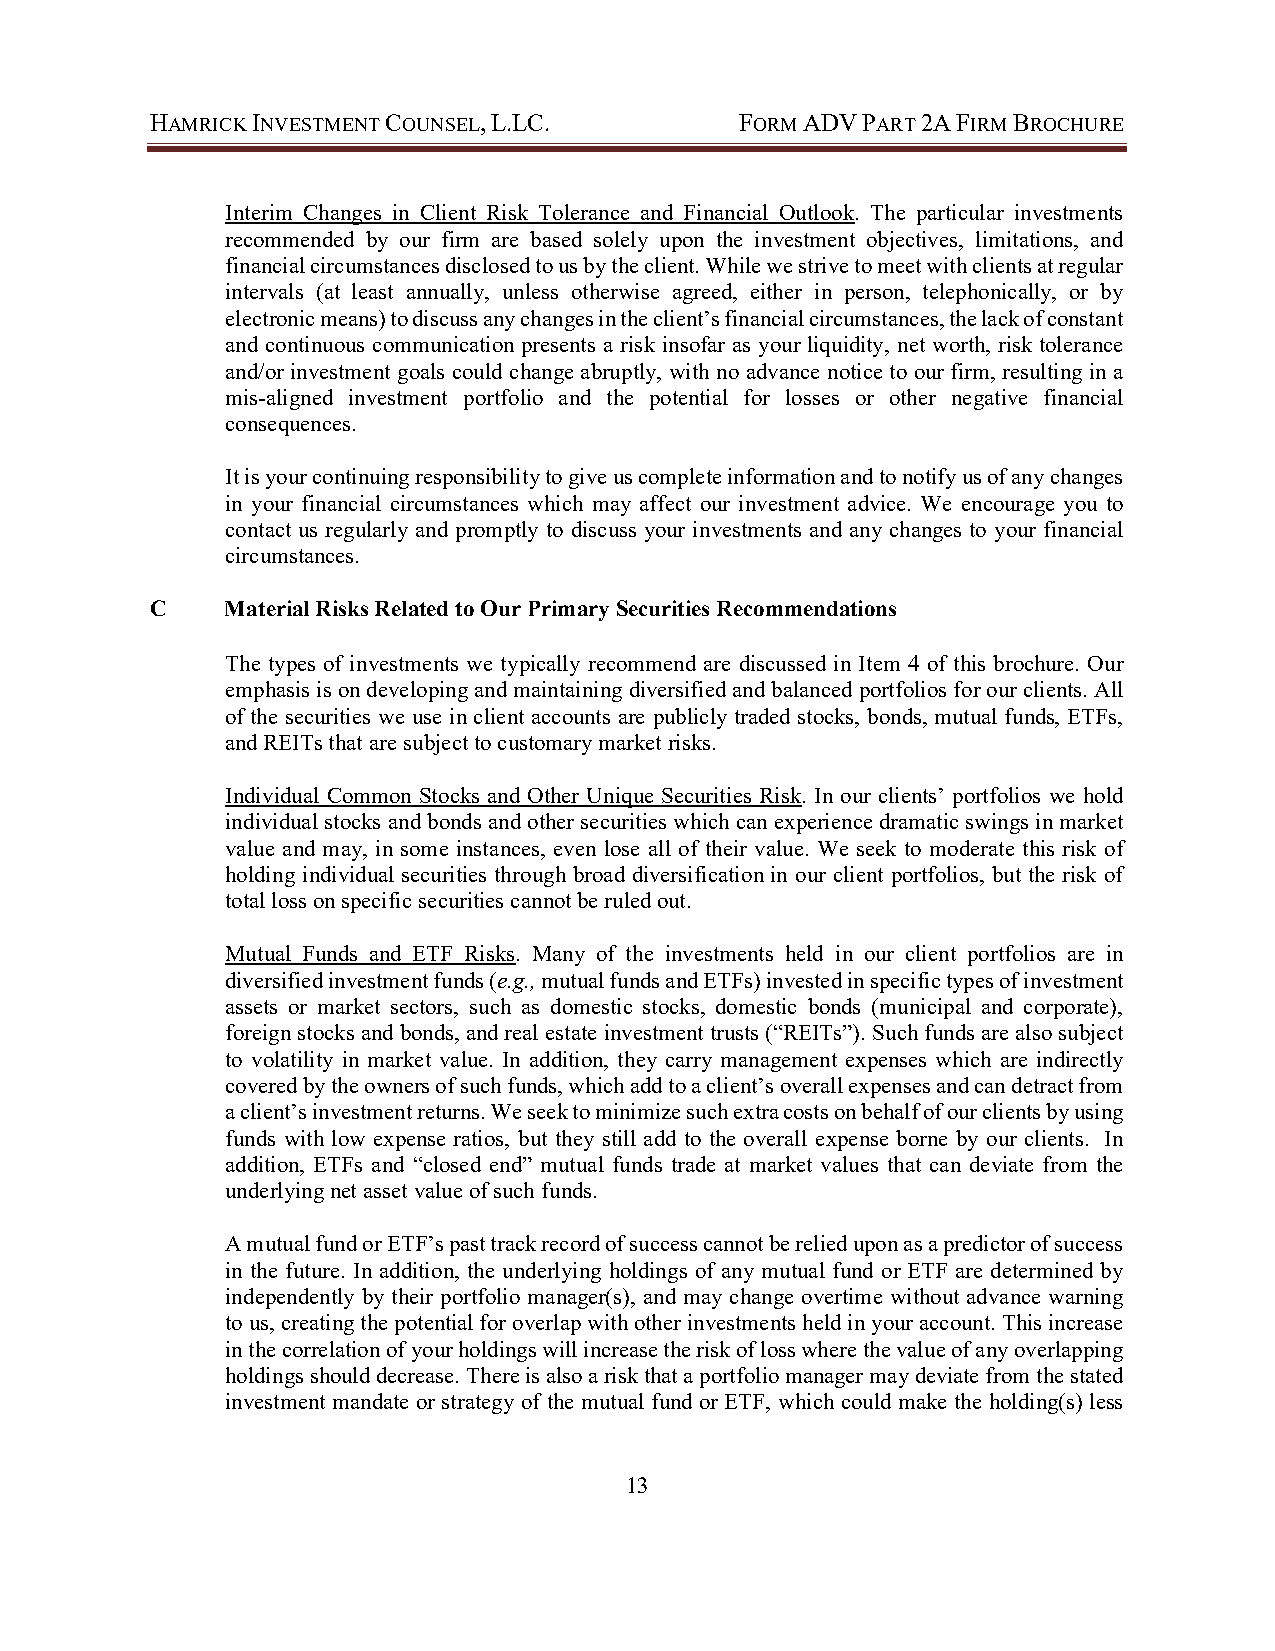
HAMRICK INVESTMENT COUNSEL, L.LC.      FORM ADV PART 2A FIRM BROCHURE
 Interim Changes in Client Risk Tolerance and Financial Outlook. The particular investments
 recommended by our firm are based solely upon the investment objectives, limitations, and
 financial circumstances disclosed to us by the client. While we strive to meet with clients at regular
 intervals (at least annually, unless otherwise agreed, either in person, telephonically, or by
 electronic means) to discuss any changes in the client’s financial circumstances, the lack of constant
 and continuous communication presents a risk insofar as your liquidity, net worth, risk tolerance
 and/or investment goals could change abruptly, with no advance notice to our firm, resulting in a
 mis-aligned investment portfolio and the potential for losses or other negative financial
 consequences.
 It is your continuing responsibility to give us complete information and to notify us of any changes
 in your financial circumstances which may affect our investment advice. We encourage you to
 contact us regularly and promptly to discuss your investments and any changes to your financial
 circumstances.
 C    Material Risks Related to Our Primary Securities Recommendations
 The types of investments we typically recommend are discussed in Item 4 of this brochure. Our
 emphasis is on developing and maintaining diversified and balanced portfolios for our clients. All
 of the securities we use in client accounts are publicly traded stocks, bonds, mutual funds, ETFs,
 and REITs that are subject to customary market risks.
 Individual Common Stocks and Other Unique Securities Risk. In our clients’ portfolios we hold
 individual stocks and bonds and other securities which can experience dramatic swings in market
 value and may, in some instances, even lose all of their value. We seek to moderate this risk of
 holding individual securities through broad diversification in our client portfolios, but the risk of
 total loss on specific securities cannot be ruled out.
 Mutual Funds and ETF Risks. Many of the investments held in our client portfolios are in
 diversified investment funds (e.g., mutual funds and ETFs) invested in specific types of investment
 assets or market sectors, such as domestic stocks, domestic bonds (municipal and corporate),
 foreign stocks and bonds, and real estate investment trusts (“REITs”). Such funds are also subject
 to volatility in market value. In addition, they carry management expenses which are indirectly
 covered by the owners of such funds, which add to a client’s overall expenses and can detract from
 a client’s investment returns. We seek to minimize such extra costs on behalf of our clients by using
 funds with low expense ratios, but they still add to the overall expense borne by our clients. In
 addition, ETFs and “closed end” mutual funds trade at market values that can deviate from the
 underlying net asset value of such funds.
 A mutual fund or ETF’s past track record of success cannot be relied upon as a predictor of success
 in the future. In addition, the underlying holdings of any mutual fund or ETF are determined by
 independently by their portfolio manager(s), and may change overtime without advance warning
 to us, creating the potential for overlap with other investments held in your account. This increase
 in the correlation of your holdings will increase the risk of loss where the value of any overlapping
 holdings should decrease. There is also a risk that a portfolio manager may deviate from the stated
 investment mandate or strategy of the mutual fund or ETF, which could make the holding(s) less
 13